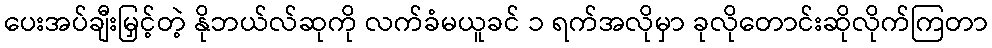
ပေးအပ်ချီးမြှင့်တဲ့ နိုဘယ်လ်ဆုကို လက်ခံမယူခင် ၁ ရက်အလိုမှာ ခုလိုတောင်းဆိုလိုက်ကြတာ